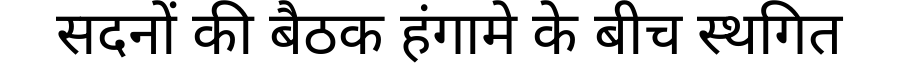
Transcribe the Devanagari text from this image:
सदनों की बैठक हंगामे के बीच स्थगित